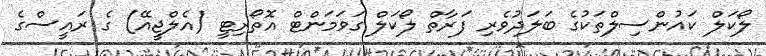
ލޯކަލް ކައުންސިލްތަކުގެ ބަލަދުވެރި ފަރާތް ލޯކަލް ގަވަމަންޓް އޮތޯރިޓީ (އެލްޖީއޭ) ގެ ރައީސްގެ